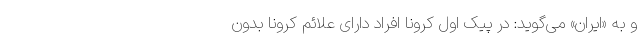
و به «ایران» می‌گوید: در پیک اول کرونا افراد دارای علائم کرونا بدون